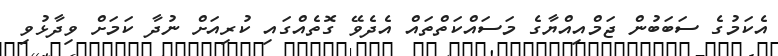
އެކަމުގެ ސަބަބުން ޖަމްއިއްޔާގެ މަސައްކަތްތައް އެދެވޭ ގޮތެއްގައި ކުރިއަށް ނުދާ ކަމަށް ވިދާޅުވި